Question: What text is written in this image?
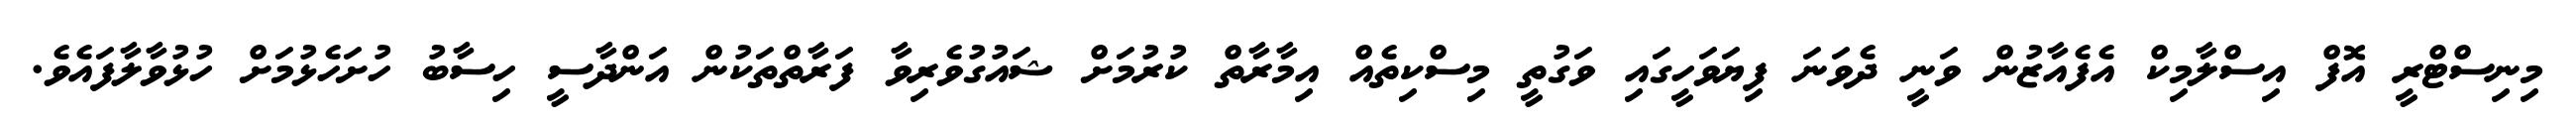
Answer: މިނިސްޓްރީ އޮފް އިސްލާމިކް އެފެއާޒުން ވަނީ ދެވަނަ ފިޔަވަހީގައި ވަގުތީ މިސްކިތެއް އިމާރާތް ކުރުމަށް ޝައުގުވެރިވާ ފަރާތްތަކުން އަންދާސީ ހިސާބު ހުށަހެޅުމަށް ހުޅުވާލާފައެވެ.